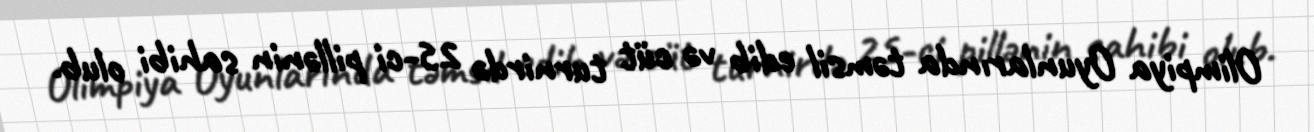
Olimpiya Oyunlarında təmsil edib və cüt turnirdə 25-ci pillənin sahibi olub.